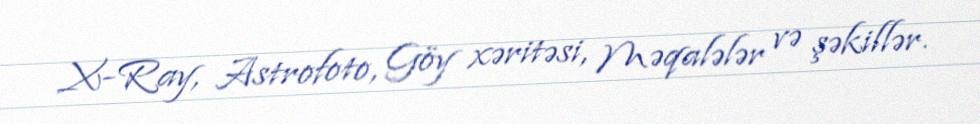
X-Ray, Astrofoto, Göy xəritəsi, Məqalələr və şəkillər.